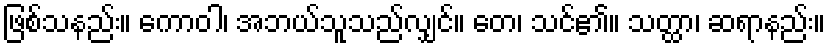
ဖြစ်သနည်း။ ကောဝါ၊ အဘယ်သူသည်လျှင်။ တေ၊ သင်၏။ သတ္ထာ၊ ဆရာနည်း။